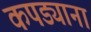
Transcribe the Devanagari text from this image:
कपड्याना